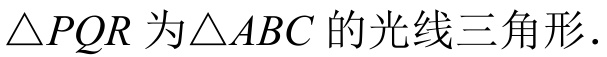
\(\triangle PQR\)为\(\triangle ABC\)的光线三角形.